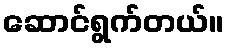
ဆောင်ရွက်တယ်။